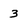
Character: 3